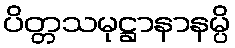
ပိတ္တသမုဋ္ဌာနာနမ္ပိ